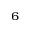
_ 6